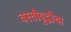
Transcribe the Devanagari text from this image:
वस्तीवृद्धीचा